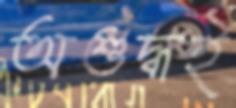
অশুদ্ধই